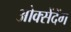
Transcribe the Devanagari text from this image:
ओक्सेंदेंग